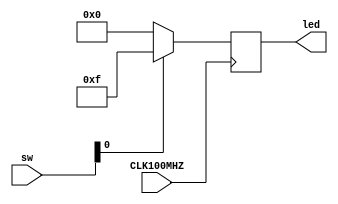
`timescale 1ns / 1ps

//////////////////////////////////////////////////////////////////////////////////


module top(
    input CLK100MHZ,
    output reg [3:0] led,
    input [3:0] sw
    );

   always @ (posedge CLK100MHZ)
     begin
        if(sw[0] == 4'b0000)
          begin
             led <= 4'b0000;
          end
        else
          begin
             led <= 4'b1111;
          end
     end

endmodule